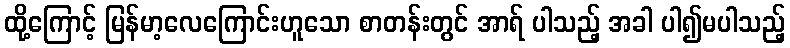
ထို့ကြောင့် မြန်မာ့လေကြောင်းဟူသော စာတန်းတွင် အာရ် ပါသည့် အခါ ပါ၍မပါသည့်